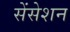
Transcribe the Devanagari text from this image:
सेंसेशन